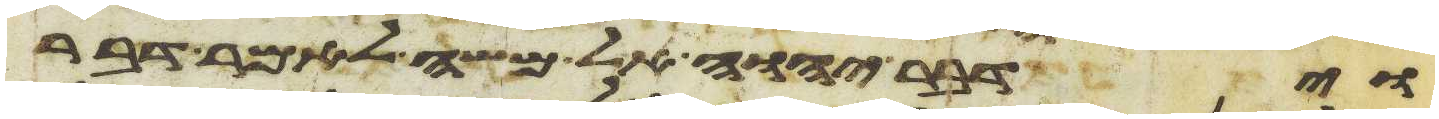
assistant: וידבר יהוה אל משה לאמר דבר